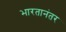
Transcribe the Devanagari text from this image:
भारतानंतर